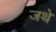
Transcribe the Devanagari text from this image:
जथे